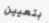
بتعيين